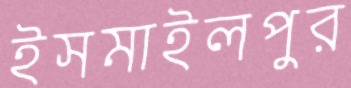
ইসমাইলপুর